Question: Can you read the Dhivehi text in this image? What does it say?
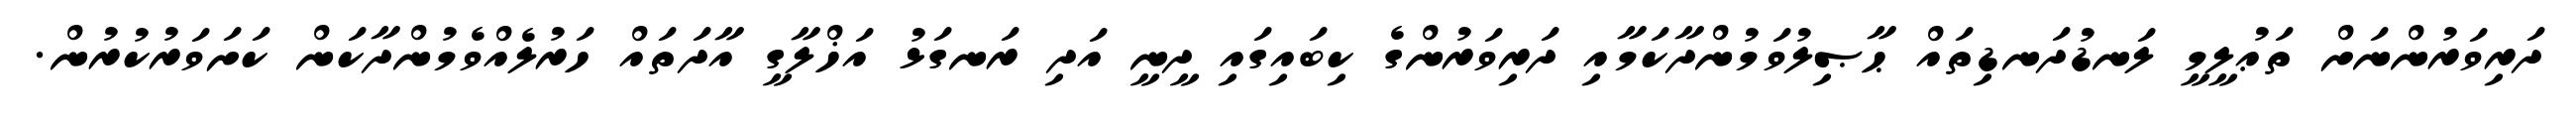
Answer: ދަރިވަރުންނަށް ތަޢުލީމީ ލަނޑުދަނޑިތައް ޙާޞިލުވަމުންދާކަމާއި ދަރިވަރުންގެ ކިބައިގައި ދީނީ އަދި ރަނގަޅު އަޚްލާގީ އާދަތައް ހަރުލެއްވެމުންދާކަން ކަށަވަރުކުރުން.